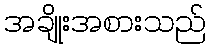
အချိုးအစားသည်